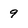
Character: 9